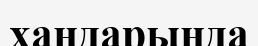
хандарында